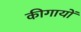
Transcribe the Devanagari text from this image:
कीगायों